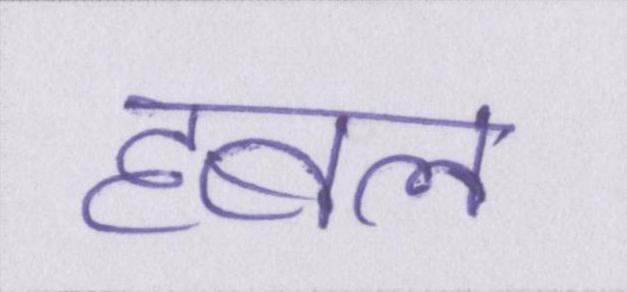
हबल